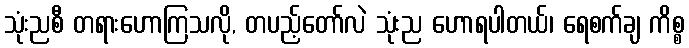
သုံးညစီ တရားဟောကြသလို, တပည့်တော်လဲ သုံးည ဟောရပါတယ်၊ ရေစက်ချ ကိစ္စ